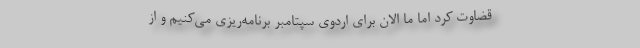
قضاوت کرد اما ما الان برای اردوی سپتامبر برنامه‌ریزی می‌کنیم و از